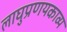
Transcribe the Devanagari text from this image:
लाघुप्रणयकाव्य